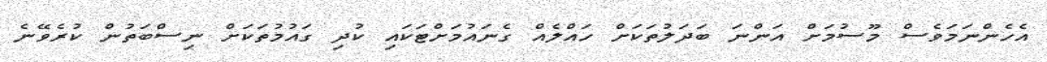
އެހެންނަމަވެސް މޫސުމަށް އަންނަ ބަދަލުތަކަށް ހައްލެއް ގެނައުމަށްޓަކައި ކުދި ގައުމުތަކަށް ނިސްބަތުން ކުރެވޭނެ